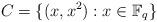
LaTeX: \begin{align*} C=\{(x,x^2): x \in \mathbb F_q\} \end{align*}